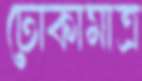
ঢোকামাত্র